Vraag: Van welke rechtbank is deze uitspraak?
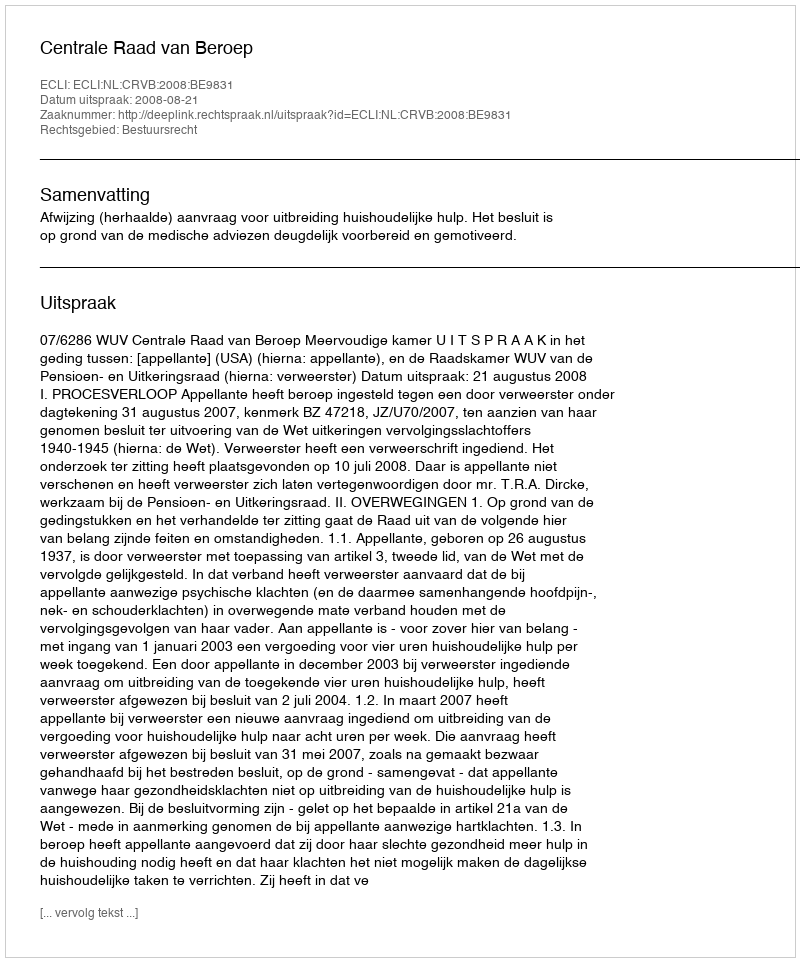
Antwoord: Centrale Raad van Beroep